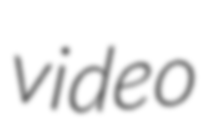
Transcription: video